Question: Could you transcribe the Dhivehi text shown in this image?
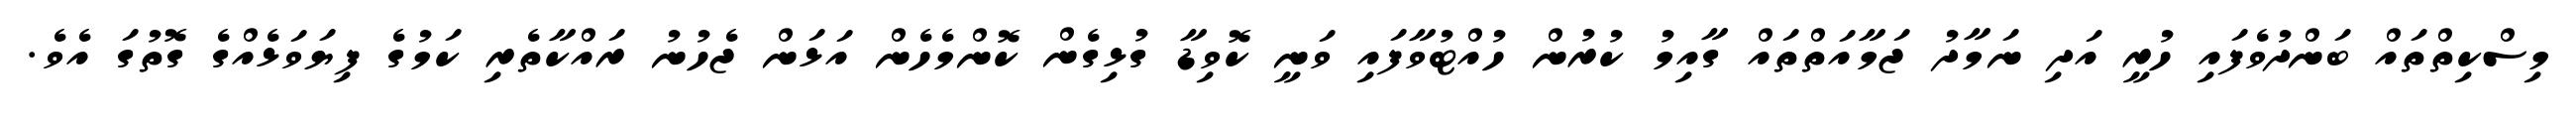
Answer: މިސްކިތްތައް ބަންދުވެފައި ހުރީ އަދި ނަމާދު ޖަމާއަތްތައް ގާއިމު ކުރުން ހުއްޓުވާފައި ވަނީ ކޮވިޑާ ގުޅިގެން ކޮންމެހެން އަޅަން ޖެހުނު ރައްކާތެރި ކަމުގެ ފިޔަވަޅެއްގެ ގޮތުގަ އެވެ.